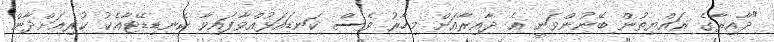
"ދާއިރާގެ ރައްޔިތުން ބޭނުންވަނީ އެ ދާއިރާއަށް މިހާރު ވެސް ކަނޑައަޅުއްވާފައިވާ ކެނޑިޑޭޓާއެކު ކުރިއަށްދާން